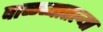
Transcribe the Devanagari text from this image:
वाळव्यातल्या